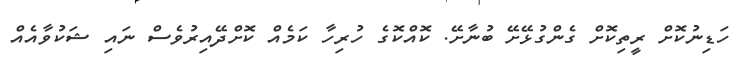
ހަޑިނުކޮށް ރީތިކޮށް ގެންގުޅޭށޭ ބުނާށޭ. ކޮއްކޮގެ ހުރިހާ ކަމެއް ކޮށްދޭއިރުވެސް ނައި ޝަކުވާއެއް